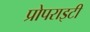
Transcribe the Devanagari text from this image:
प्रोपराइटी